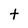
Character: t